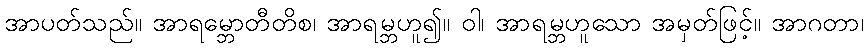
အာပတ်သည်။ အာရမ္ဘောတီတိစ၊ အာရမ္ဘဟူ၍။ ဝါ၊ အာရမ္ဘဟူသော အမှတ်ဖြင့်။ အာဂတာ၊